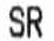
SR